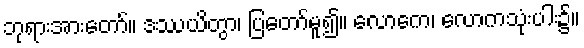
ဘုရားအားတော်။ ဒဿယိတွာ၊ ပြတော်မူ၍။ လောကေ၊ လောကသုံးပါး၌။